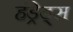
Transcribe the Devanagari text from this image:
हंड्रेड्स